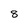
Character: 8